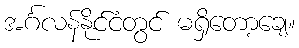
အင်္ဂလန်နိုင်ငံတွင် မရှိတော့ချေ။